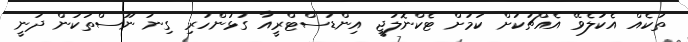
ތަކެއް އެކުލެވޭ އެއްޗަކަށް ކަމަށް ޓެކްނޮލަޖީ އިންޑަސްޓްރީއާ ގުޅުންހުރި ގިނަ ނޫސްތަކުން ދަނީ